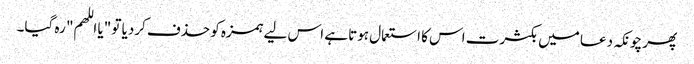
پھر چونکہ دعا میں بکثرت اس کا استعمال ہوتا ہے اس لیے ہمزہ کو حذف کردیا تو "یا اللھم" رہ گیا۔